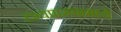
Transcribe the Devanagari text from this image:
दृश्यप्रारूपामध्ये